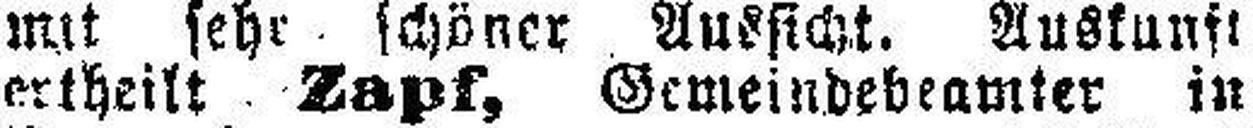
ertheilt Zapf, Gemendebeamter in